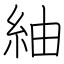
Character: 紬